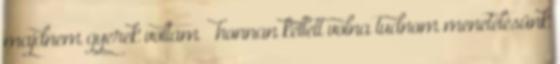
majdnem gyerek voltam – honnan kellett volna tudnom menetelésünk